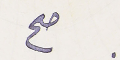
صح